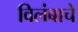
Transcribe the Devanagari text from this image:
विलंबाचे